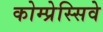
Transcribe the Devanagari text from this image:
कोम्प्रेस्सिवे